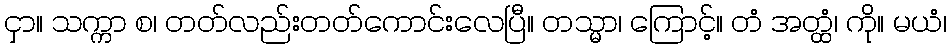
ငှာ။ သက္ကာ စ၊ တတ်လည်းတတ်ကောင်းလေပြီ။ တသ္မာ၊ ကြောင့်။ တံ အတ္ထံ၊ ကို။ မယံ၊